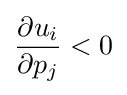
{\frac {\partial u_{i}}{\partial p_{j}}}<0